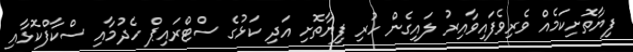
ފިޔާތޮށިކަމެއް ވެރިވެފައިވާއިރު ލައިގެން ހުރި ފިޔާތޮށި އަދި ކަޅުގެ ސްޓްރައިޕް ހެދުމާއި ސްކާފްކޮޅާއި